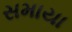
સમાયા